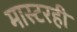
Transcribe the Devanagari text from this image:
मास्टरही